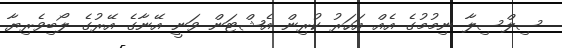
ސިލްސިލާ ނިމުމުގެ އެއް އަހަރު ކުރިން އެޝްޓަން ވަނީ އޭނާގެ އޭރުގެ ލޯބިވެރިޔާ